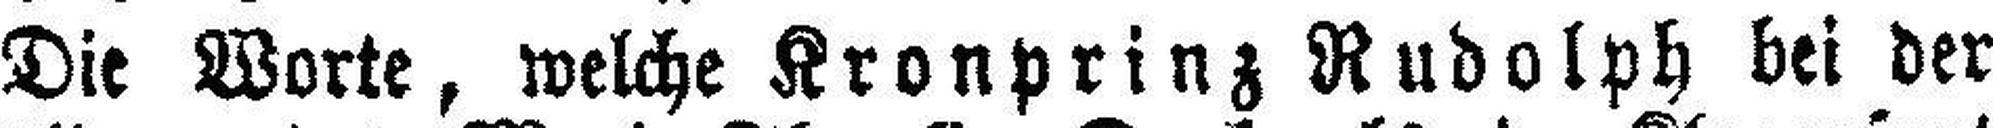
Die Worte, welche Kronprinz Rudolph bei der